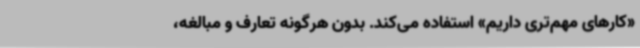
«کارهای مهم‌تری داریم» استفاده می‌کند. بدون هرگونه تعارف و مبالغه،